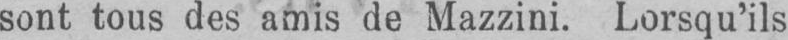
sont tous des amis de Mazzini. Lorsqu’ils